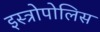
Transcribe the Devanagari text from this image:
इस्त्रोपोलिस